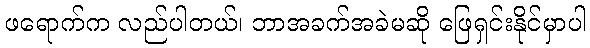
ဖရောက်က လည်ပါတယ်၊ ဘာအခက်အခဲမဆို ဖြေရှင်းနိုင်မှာပါ